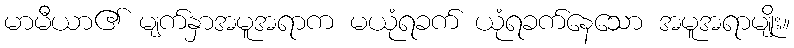
မာမီယာ၏ မျက်နှာအမူအရာက မယုံရခက် ယုံရခက်နေသော အမူအရာမျိုး။